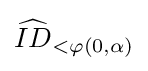
{\widehat {ID}}_{<\varphi (0,\alpha )}